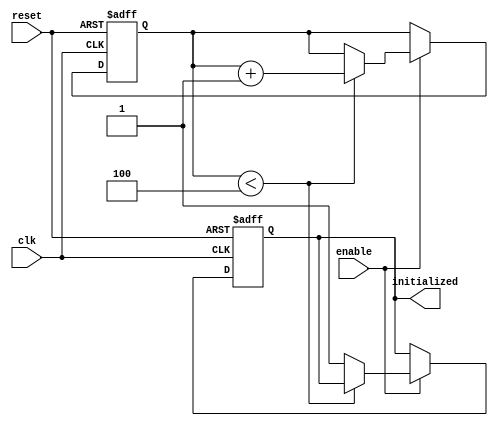
module ClockCycleInitialization (
    input wire clk,          // Clock signal
    input wire reset,        // Active-high reset signal
    input wire enable,       // Control signal for initialization
    output reg initialized   // Flag indicating successful initialization
);

    // State declaration
    reg [3:0] init_counter;  // Counter to manage the number of clock cycles for initialization
    parameter INIT_CYCLES = 4; // Define how many cycles for initialization

    // Initialization state
    always @(posedge clk or posedge reset) begin
        if (reset) begin
            initialized <= 1'b0;   // Reset the initialized flag
            init_counter <= 4'b0;  // Reset the initialization counter
        end else if (enable) begin
            if (init_counter < INIT_CYCLES) begin
                init_counter <= init_counter + 1; // Increment the counter
            end else begin
                initialized <= 1'b1; // Set initialized flag high after completion
            end
        end
    end

endmodule